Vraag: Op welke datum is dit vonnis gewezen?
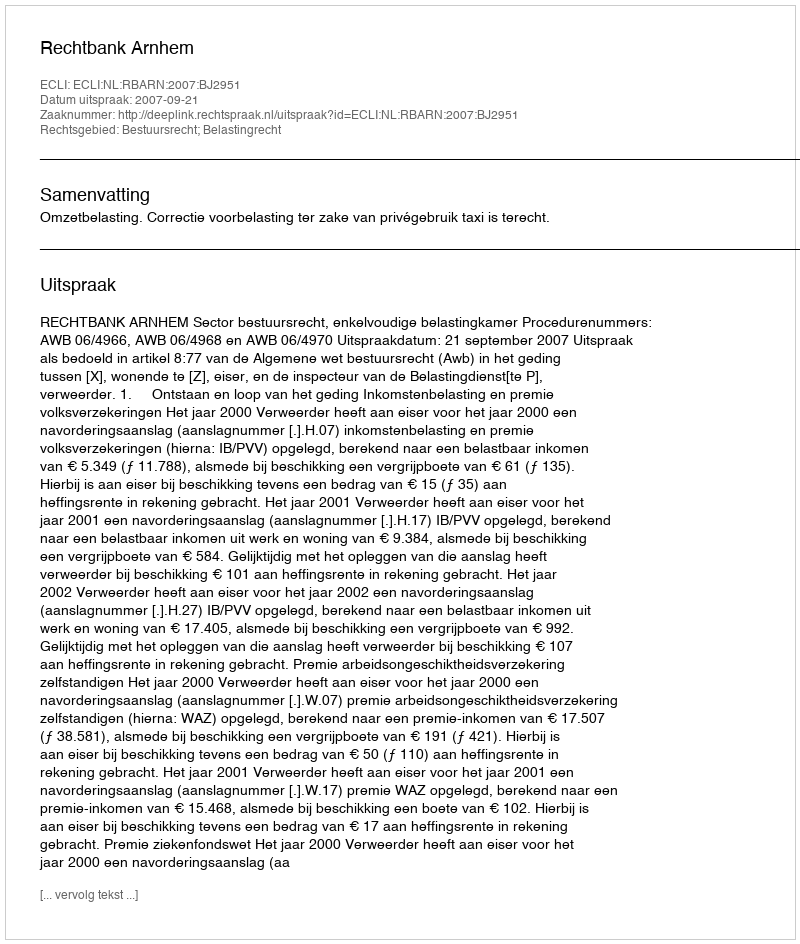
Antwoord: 2007-09-21